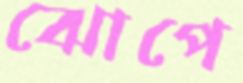
ঝোপে